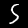
Label: 5